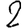
Digit: 2